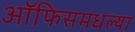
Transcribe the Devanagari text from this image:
ऑफिसमधल्या